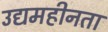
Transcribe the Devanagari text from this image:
उद्यमहीनता